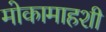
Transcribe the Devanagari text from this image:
मोकामाहशी